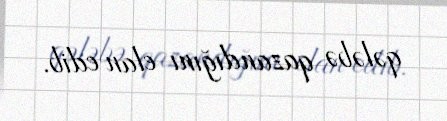
qələbə qazandığını elan edib.